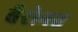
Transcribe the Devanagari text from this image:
बैरोनत